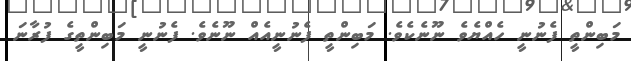
މަބިންތީ ފެނުނީ ހެއްޔެވެ ނޫނެކެވެ. މަބިންތީ ފެނުނީއެއް ނޫނެވެ. ފެނުނީ މަބިންތީގެ ފުރާނަ